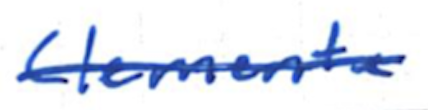
Text: Clemente
Cross-out: mix
Writing tool: ballpoint